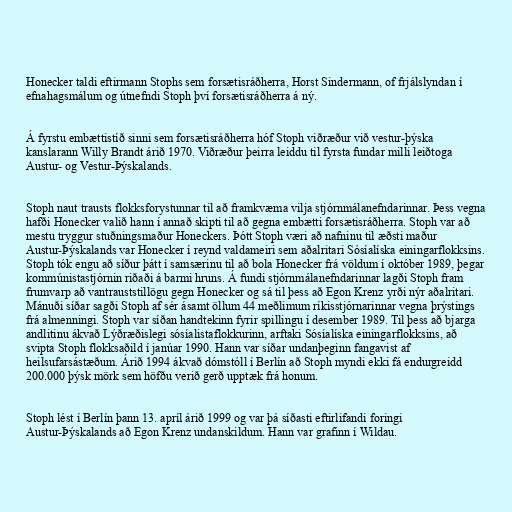
Honecker taldi eftirmann Stophs sem forsætisráðherra, Horst Sindermann, of frjálslyndan í
efnahagsmálum og útnefndi Stoph því forsætisráðherra á ný.

Á fyrstu embættistíð sinni sem forsætisráðherra hóf Stoph viðræður við vestur-þýska
kanslarann Willy Brandt árið 1970. Viðræður þeirra leiddu til fyrsta fundar milli leiðtoga
Austur- og Vestur-Þýskalands.

Stoph naut trausts flokksforystunnar til að framkvæma vilja stjórnmálanefndarinnar. Þess vegna
hafði Honecker valið hann í annað skipti til að gegna embætti forsætisráðherra. Stoph var að
mestu tryggur stuðningsmaður Honeckers. Þótt Stoph væri að nafninu til æðsti maður
Austur-Þýskalands var Honecker í reynd valdameiri sem aðalritari Sósíalíska einingarflokksins.
Stoph tók engu að síður þátt í samsærinu til að bola Honecker frá völdum í október 1989, þegar
kommúnistastjórnin riðaði á barmi hruns. Á fundi stjórnmálanefndarinnar lagði Stoph fram
frumvarp að vantrauststillögu gegn Honecker og sá til þess að Egon Krenz yrði nýr aðalritari.
Mánuði síðar sagði Stoph af sér ásamt öllum 44 meðlimum ríkisstjórnarinnar vegna þrýstings
frá almenningi. Stoph var síðan handtekinn fyrir spillingu í desember 1989. Til þess að bjarga
andlitinu ákvað Lýðræðislegi sósíalistaflokkurinn, arftaki Sósíalíska einingarflokksins, að
svipta Stoph flokksaðild í janúar 1990. Hann var síðar undanþeginn fangavist af
heilsufarsástæðum. Árið 1994 ákvað dómstóll í Berlín að Stoph myndi ekki fá endurgreidd
200.000 þýsk mörk sem höfðu verið gerð upptæk frá honum.

Stoph lést í Berlín þann 13. apríl árið 1999 og var þá síðasti eftirlifandi foringi
Austur-Þýskalands að Egon Krenz undanskildum. Hann var grafinn í Wildau.